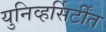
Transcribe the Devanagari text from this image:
युनिव्हर्सिर्टींत